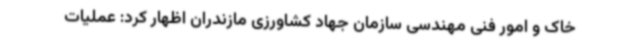
خاک و امور فنی مهندسی سازمان جهاد کشاورزی مازندران اظهار کرد: عملیات